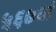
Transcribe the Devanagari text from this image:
५६७वां